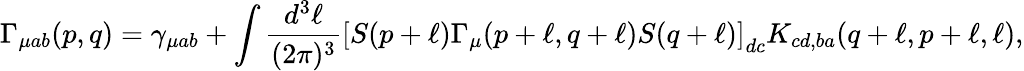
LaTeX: \Gamma_{\mu ab}(p,q)=\gamma_{\mu ab}+\int\frac{d^{3}\ell}{(2\pi)^{3}}\left[S(p+\ell)\Gamma_{\mu}(p+\ell,q+\ell)S(q+\ell)\right]_{dc}K_{cd,ba}(q+\ell,p+\ell,\ell),